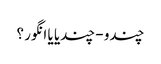
چندو - چندیا یا انگور ؟